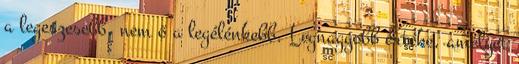
a legeszesebb, nem ő a legélénkebb. Legnagyobb értéke, amelyet